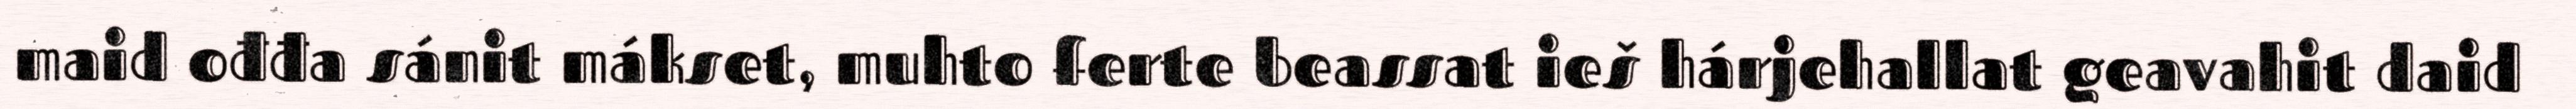
maid ođđa sánit mákset, muhto ferte beassat ieš hárjehallat geavahit daid